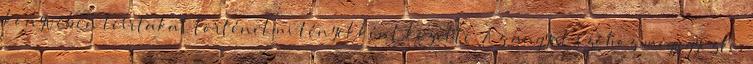
könyvében leírtakat történelmi tényekként kezelte. Az angyal szóhoz megjegyezte,